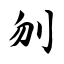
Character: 刎